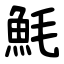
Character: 魹